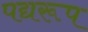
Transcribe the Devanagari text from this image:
पद्यरूप